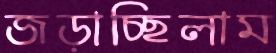
জড়াচ্ছিলাম